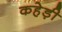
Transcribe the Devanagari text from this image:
कहेड़ी